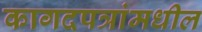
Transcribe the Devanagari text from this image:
कागदपत्रांमधील